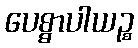
ပေစ္စာပါယဉ္စ